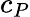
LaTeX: c_{P}